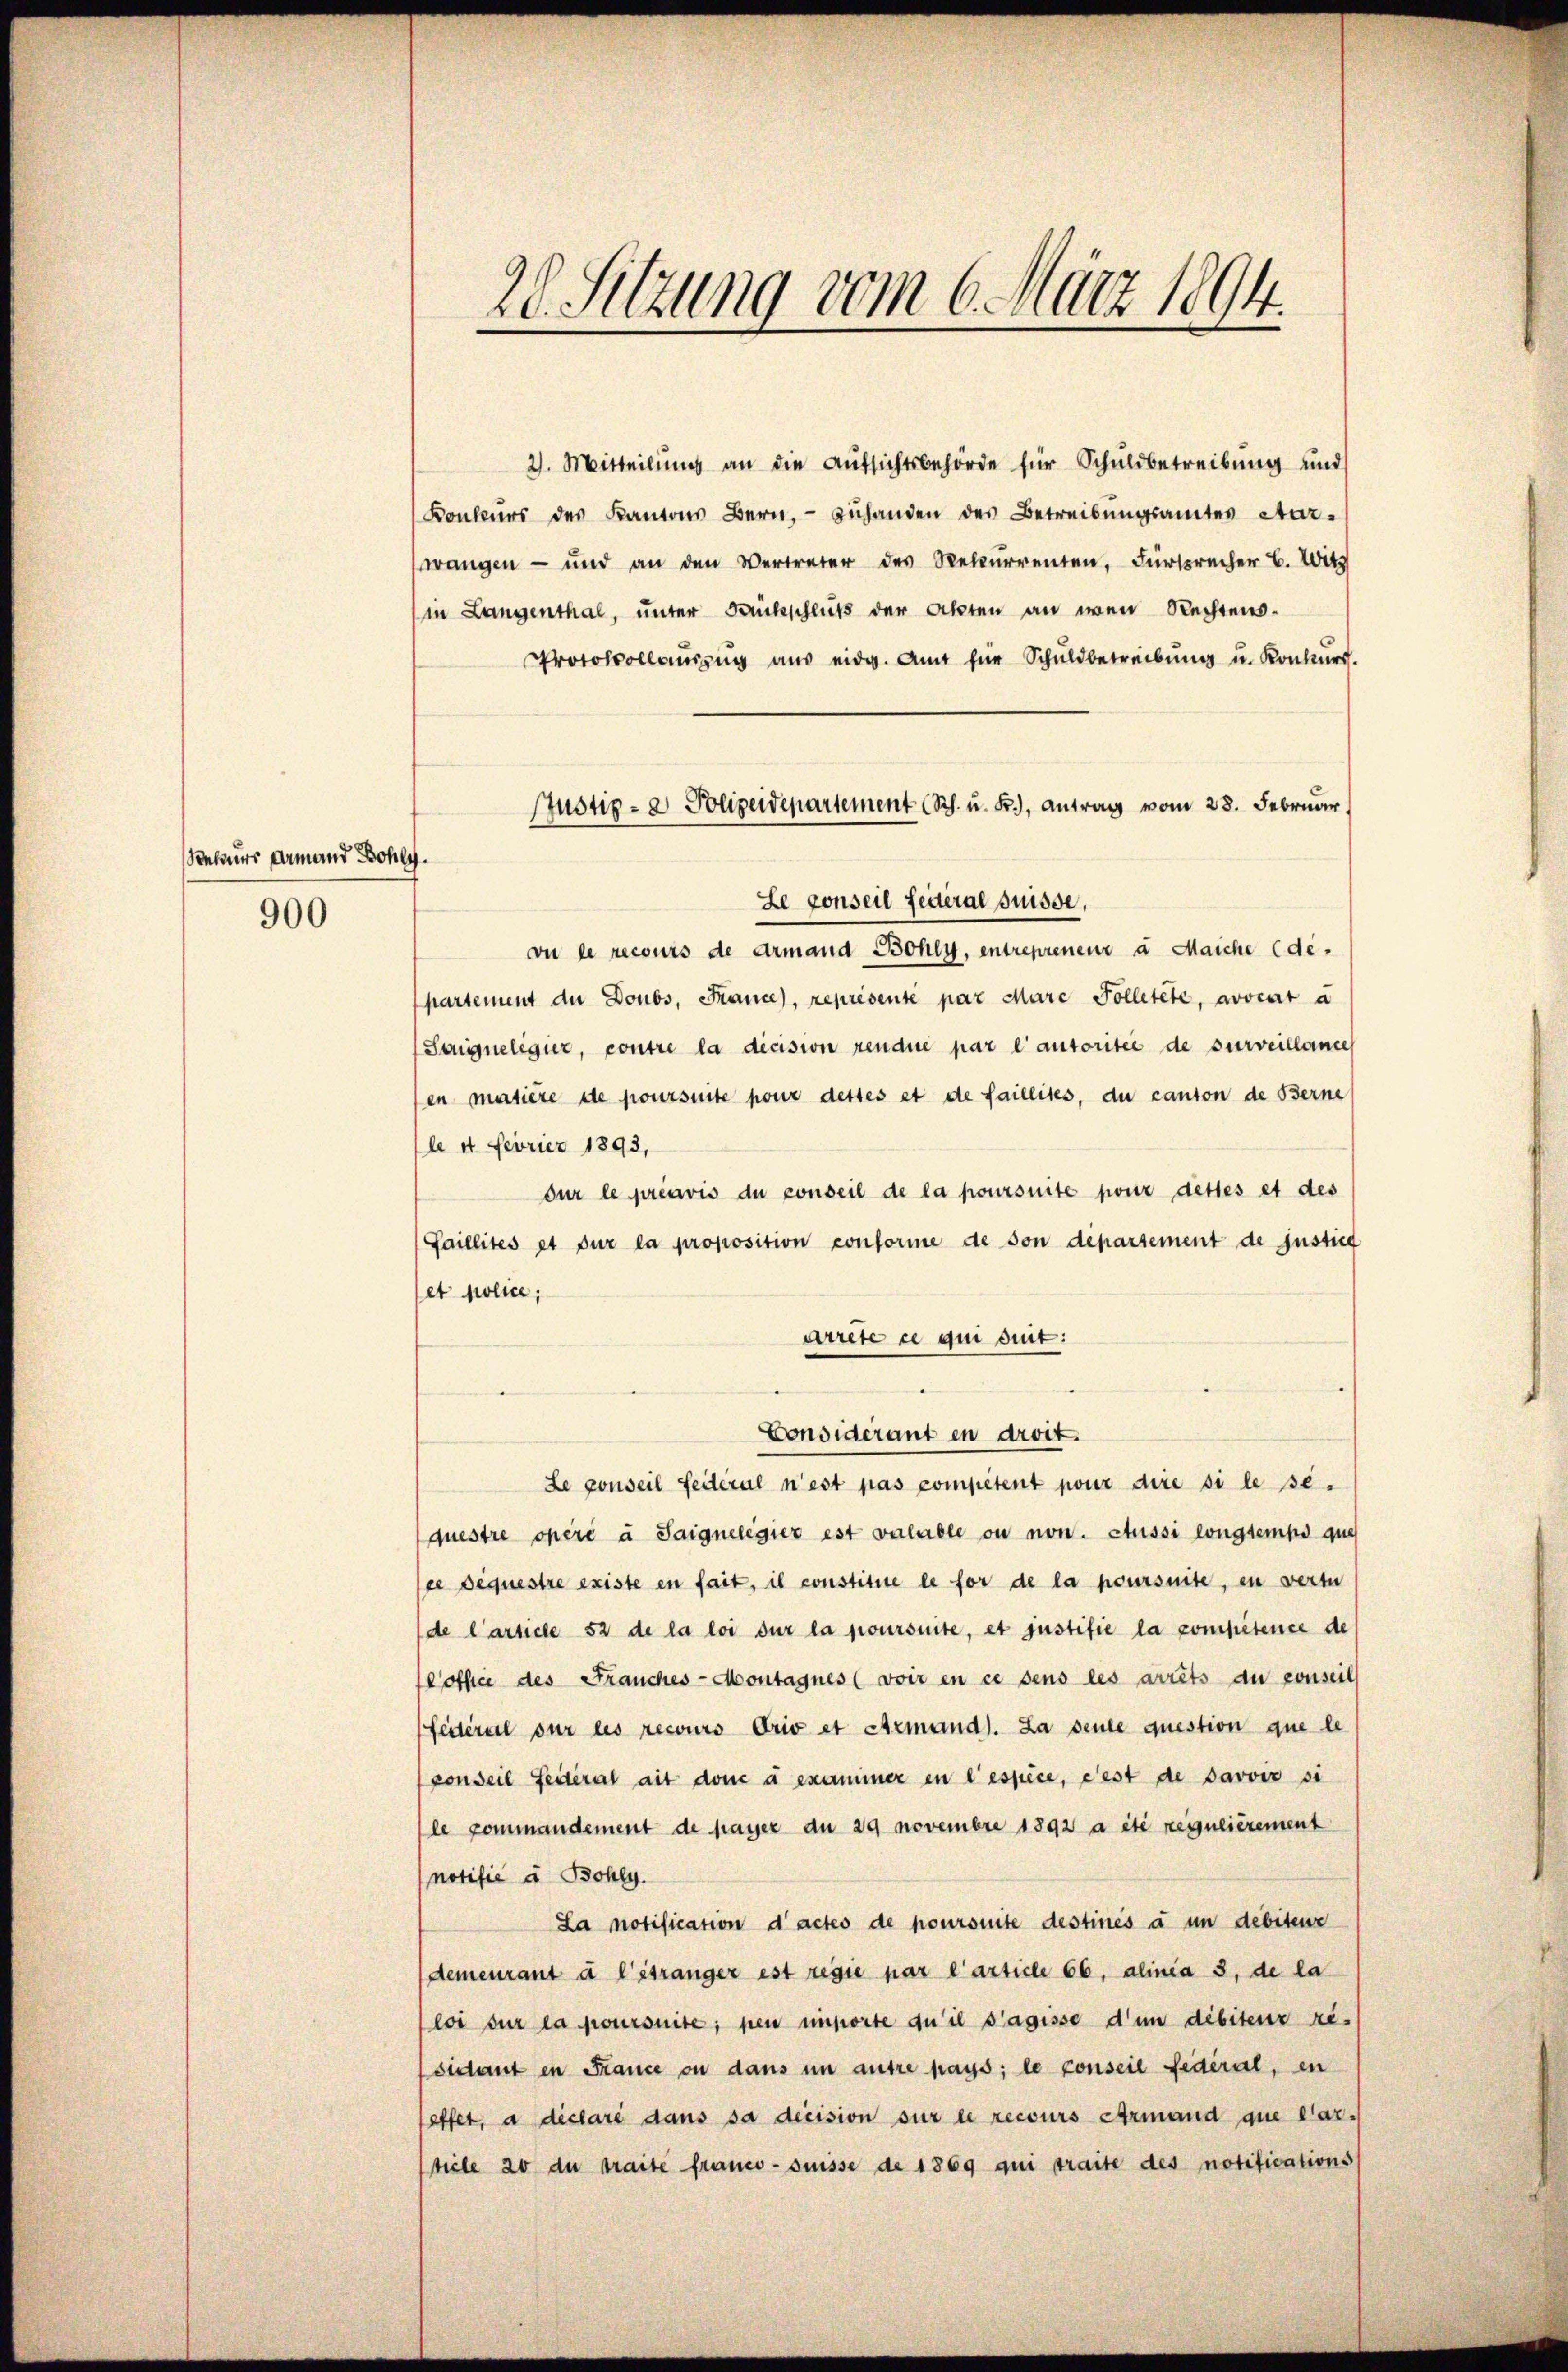
Rekurs dermand Bohly

900

20. Sitzung vom 6. März 1894.

2). Mitteilung an die Aufsichtsbehörde für Schuldbetreibung und
Konkŭrs des Kantons Bern, zŭhanden des Betreibŭngsamtes Aar-
wangen - und an den Vertreter des Rekŭrrenten, Fürsprecher B. Witt
in Langenthal, unter Brückschluß der Akten an iren Rechtens¬
Protokollaŭszŭg aŭs eidg. Amt für Schŭldbetreibŭng u. Konkurs.
Le conseil feiteral Suisse,
vu le recours de Armand Bohly, entreprenen a Maiche (de-
partement de Doubs, France, représente par Mare Folletete, avvent a
Saigueligier, contre la dicision rendue par l’autoritée de surveillances
sen matière de poursuite pour dettes et de faillites, du canton de Berne
le 4 Ferier 1893,
sur le préavis du conseil de la poursuite pour dettes et des
Paillités et für la proposition conforme de son departement de justica
fet police,
arrete ce qui suit:
Considerant en droit.
Le conseil Seiteral n’est pas competent pour dire si le se
questre opéré à Saignelegier est valable ou non. Stussi longtemps que
ce bequestre existe en fait, il constitue le for de la poursuite, in werte
de l’article 52 de la loi sur la poursuite, et justifie la compétence de
Poffice des Frauches-Montagnes (voir en ce sens les arrêts du conseil
feiteral sur les recours drio et Armand. La seule question que le
vonseil Federal ait donc à examiner in eespice, dest de savoir si
le commandement de payer du 29 novembre 1892 a été regulièrement
notifié à Bohly.
La notification d’actes de poursuite destinés à in debitenz
demeurant à l’étranger est regie par l’article 66, alinia 3, de la
loi sur la poursuite, pen importe du il s’agisse d’un débiteur re-
sidant en France ou dans im autre pays; le conseil fédéral, en
reffet, a déclaré dans sa decision sur le recours Armand que Car-
tiele 20 du traite franco- suisse de 1869 qui traite des notificationss

Justiz- & Polizeidepartement (Sch. u. Fr.), Antrag vom 28. Februar